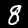
Digit: 8